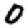
Digit: 0